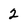
Character: 2